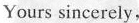
Yours sincerely,